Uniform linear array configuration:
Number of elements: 16
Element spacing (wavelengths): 0.5
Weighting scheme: hamming
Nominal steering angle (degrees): -60
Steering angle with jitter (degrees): -61.02
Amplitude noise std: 0.05
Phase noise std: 0.05

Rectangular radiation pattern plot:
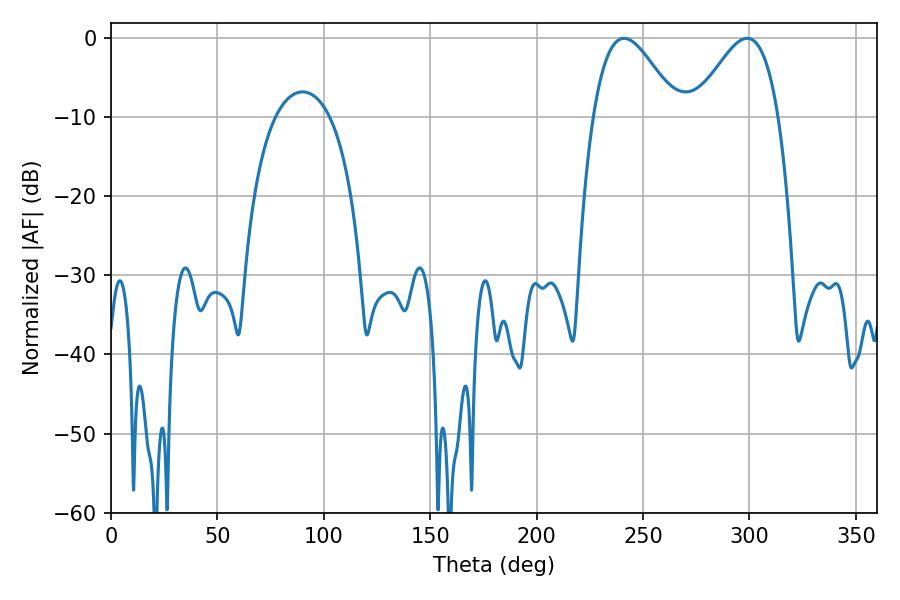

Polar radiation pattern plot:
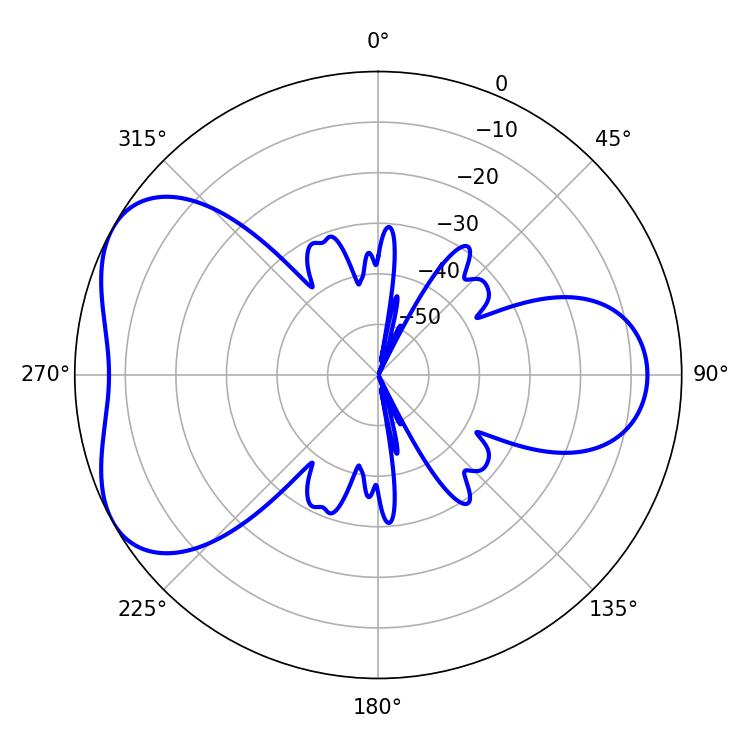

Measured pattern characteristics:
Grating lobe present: FALSE
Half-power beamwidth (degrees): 21.24
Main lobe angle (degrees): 241.02